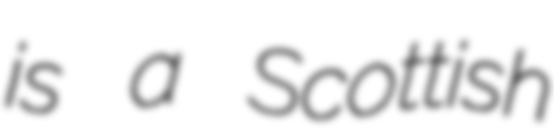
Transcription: is a Scottish